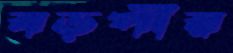
বড়পীর